Vaccination United Provinces of Agra and Oudh 1923-1928 - 1923-1928
Year: 1923
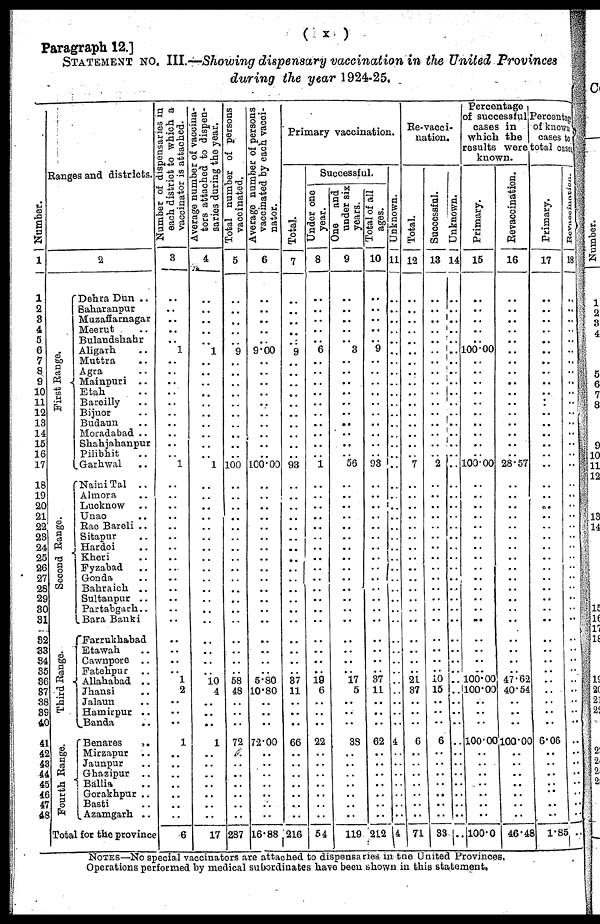
( x )
Paragraph 12.]
STATEMENT NO. III.—Showing dispensary vaccination in the United Provinces
during the year 1924-25.
Number.
1
1
2
3
4
5
6
7
8
9
10
11
12
13
14
15
16
17
18
19
20
21
22
23
24
25
26
27
28
29
30
31
32
33
34
35
36
37
38
39
40
41
42
43
44 45
46
47
48
Ranges and districts.
2
First Range.
Second Range.
Third Range.
Fourth Range.
Dehra Dun ..
Saharanpur ..
Muzaffarnagar ..
Meerut ..
Bulandshahr ..
Aligarh ..
Muttra ..
Agra ..
Mainpuri ..
Etah ..
Bareilly ..
Bijnor ..
Budaun ..
Moradabad ..
Shahjahanpur ..
Pilibhit ..
Garhwal ..
Naini Tal ..
Almora ..
Lucknow ..
Unao ..
Rae Bareli ..
Sitapur ..
Hardoi ..
Kheri ..
Fyzabad ..
Gonda ..
Bahraich ..
Sultanpur ..
Partabgarh ..
Bara Banki ..
Farrukhabad ..
Etawah ..
Cawnpore ..
Fatehpur ..
Allahabad ..
Jhansi ..
Jalaun ..
Hamirpur ..
Banda ..
Benares
..
Mirzapur ..
Jaunpur ..
Ghazipur ..
Ballia ..
Gorakhpur ..
Basti ..
Azamgarh ..
Total for the province ..
Number of dispensaries in
each district to which a
vaccinator is attached.
3
..
..
..
..
..
1
..
..
..
..
..
..
..
..
..
..
1
..
..
..
..
..
..
..
..
..
..
..
..
..
..
..
..
..
.. 1
2
..
..
..
1
..
..
..
..
..
..
..
6
Average number of vaccina¬
tors attached to dispen-
saries during the year.
4
..
..
..
..
..
1
..
..
..
..
..
..
..
..
..
..
1
..
..
..
..
..
..
..
..
..
..
..
..
..
..
..
..
..
.. 10
4
..
..
..
1
..
..
..
..
..
..
..
17
Total number of persons
vaccinated.
5
..
..
..
..
..
9
..
..
..
..
..
..
..
..
..
..
100
..
..
..
..
..
..
..
..
..
..
..
..
..
..
..
..
..
..
58
48
..
..
..
72
..
..
..
..
..
..
..
287
Average number of persons
vaccinated by each vacci¬
nator.
6
..
..
..
..
..
9.00
..
..
..
..
..
..
..
..
..
..
100.00
..
..
..
..
..
..
..
..
..
..
..
..
..
..
..
..
..
..
5.80
10.80
..
..
..
72.00
..
..
..
..
..
..
..
16.88
Primary vaccination.
Total.
7
..
..
..
..
..
9
..
..
..
..
..
..
..
..
..
..
93
..
..
..
..
..
..
..
..
..
..
..
..
..
..
..
..
..
..
37
11
..
..
..
66
..
..
..
..
..
..
..
216
Successful.
Under one
year.
8
..
..
..
..
..
6
..
..
..
..
..
..
..
..
..
..
1
..
..
..
..
..
..
..
..
..
..
..
..
..
..
..
..
..
..
19
6
..
..
..
22
..
..
..
..
..
..
..
54
One and
under six
years.
9
..
..
..
..
..
3
..
..
..
..
..
..
..
..
..
..
56
..
..
..
..
..
..
..
..
..
..
..
..
..
..
..
..
..
.. 17
5
..
..
..
38
..
..
..
..
..
..
..
119
Total of all
ages.
10
..
..
..
..
..
9
..
..
..
..
..
..
..
..
..
..
93
..
..
..
..
..
..
..
..
..
..
..
..
..
..
..
..
..
..
37
11
..
..
..
62
..
..
..
..
..
..
..
212
Unknown.
11
..
..
..
..
..
..
..
..
..
..
..
..
..
..
..
..
..
..
..
..
..
..
..
..
..
..
..
..
..
..
..
..
..
..
..
..
..
..
4
..
..
..
..
..
..
..
4
Re-vacci-
nation.
Total.
12
..
..
..
..
..
..
..
..
..
..
..
..
..
..
..
..
7
..
..
..
..
..
..
..
..
..
..
..
..
..
..
..
..
..
..
21
37
..
..
..
6
..
..
..
..
..
..
..
71
Successful.
13
..
..
..
..
..
..
..
..
..
..
..
..
..
..
..
..
2
..
..
..
..
..
..
..
..
..
..
..
..
..
..
..
..
..
..
10
15
..
..
..
6
..
..
..
..
..
..
..
33
Unknown.
14
..
..
..
..
..
..
..
..
..
..
..
..
..
..
..
..
..
..
..
..
..
..
..
..
..
..
..
..
..
..
..
..
..
..
..
..
..
..
..
..
..
..
..
..
..
..
..
Percentage
of successful
cases in
which the
results were
known.
Primary.
15
..
..
..
..
..
100.00
..
..
..
..
..
..
..
..
..
..
100.00
..
..
..
..
..
..
..
..
..
..
..
..
..
..
..
..
..
..
100.00
100.00
..
..
..
100.00
..
..
..
..
..
..
..
100.0
Revaccination.
16
..
..
..
..
..
..
..
..
..
..
..
..
..
..
..
..
28.57
..
..
..
..
..
..
..
..
..
..
..
..
..
..
..
..
..
..
47.62
40.54
..
..
..
100.00
..
..
..
..
..
..
..
46.48
Percentage
of known
cases to
total cases.
Primary.
17
..
..
..
..
..
..
..
..
..
..
..
..
..
..
..
..
..
..
..
..
..
..
..
..
..
..
..
..
..
..
..
..
..
..
..
..
..
..
..
6.06
..
..
..
..
..
..
..
1.85
Revaccination.
18
..
..
..
..
..
..
..
..
..
..
..
..
..
..
..
..
..
..
..
..
..
..
..
..
..
..
..
..
..
..
..
..
..
..
..
..
..
..
..
..
..
..
..
..
..
..
..
..
..
NOTES—No special vaccinators are attached to dispensaries in the United Provinces.
Operations performed by medical subordinates have been shown in this statement.